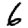
Digit: 6